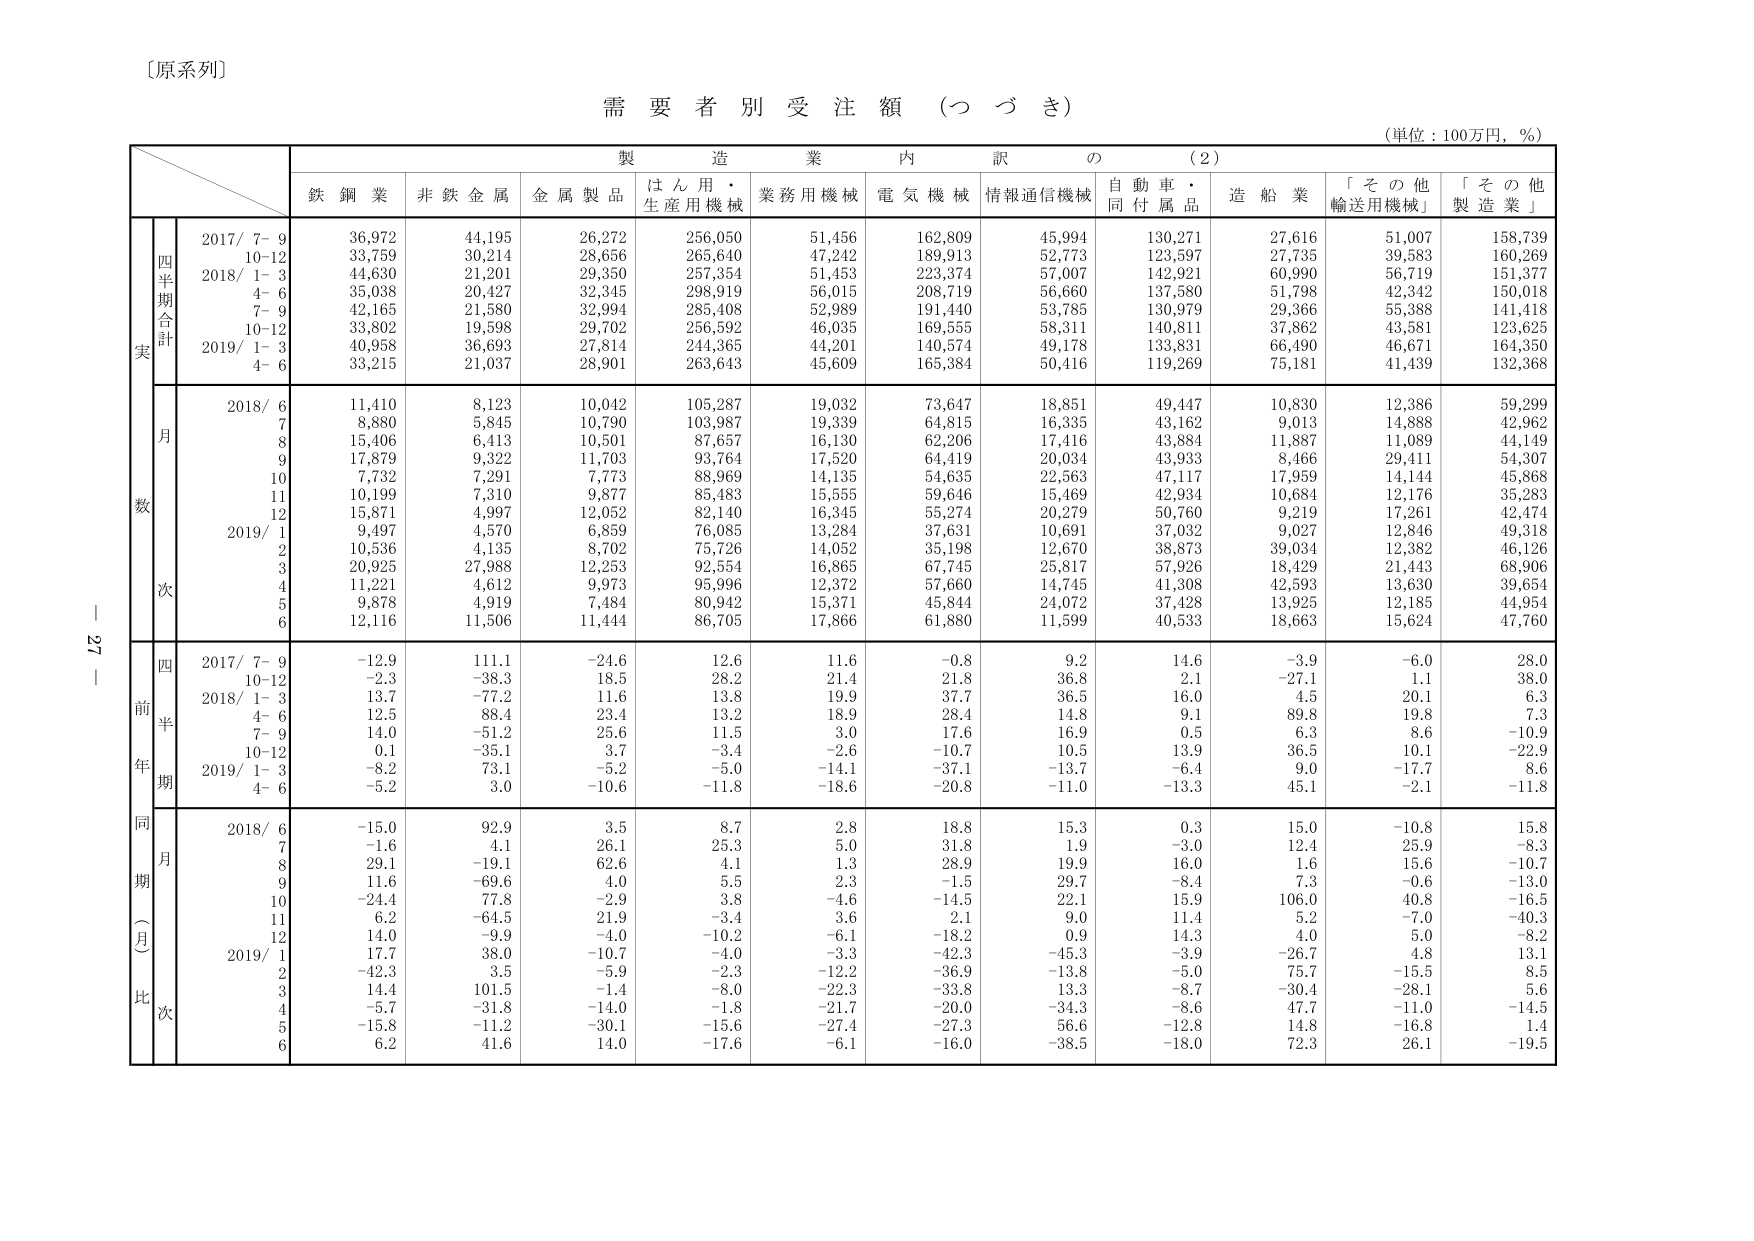
〔原系列〕

需要者別受注額（つづき）

（単位：100万円，％）

製造業内訳の（2）

鉄鋼業　非鉄金属　金属製品　はん用・生産用機械　業務用機械　電気機械　情報通信機械　自動車・同付属品　造船業　「その他輸送用機械」　「その他製造業」

実
四半期合計
2017/ 7- 9　36,972　44,195　26,272　256,050　51,456　162,809　45,994　130,271　27,616　51,007　158,739
　　　10-12　33,759　30,656　28,656　265,640　47,242　189,913　52,773　123,597　27,735　39,583　160,269
2018/ 1- 3　44,630　21,201　29,350　257,354　51,453　223,374　57,007　142,921　60,990　56,719　151,377
　　　4- 6　35,038　20,427　32,345　298,919　56,015　208,719　56,660　137,580　51,798　42,342　150,018
　　　7- 9　42,165　21,580　32,994　285,408　52,989　191,440　53,785　130,979　29,366　55,388　141,418
　　　10-12　33,802　19,598　29,702　256,592　46,035　169,555　58,311　140,811　37,862　43,581　123,625
2019/ 1- 3　40,958　36,693　27,814　244,365　44,201　140,574　49,178　133,831　66,490　46,671　164,350
　　　4- 6　33,215　21,037　28,901　263,643　45,609　165,384　50,416　119,269　75,181　41,439　132,368

数
月
2018/ 6　11,410　8,123　10,042　105,287　19,032　73,647　18,851　49,447　10,830　12,386　59,299
　　　7　8,880　5,845　10,790　103,987　19,339　64,815　16,335　43,162　9,013　14,888　42,962
　　　8　15,406　6,413　10,501　87,657　16,130　62,206　17,416　43,884　11,887　11,089　44,149
　　　9　17,879　9,322　11,703　93,764　17,520　64,419　20,034　43,933　8,466　29,411　54,307
　　　10　7,732　7,291　7,773　88,969　14,135　54,635　22,563　47,117　17,959　14,144　45,868
　　　11　10,199　7,310　9,877　85,483　15,555　59,646　15,469　42,934　10,684　12,176　35,283
　　　12　15,871　4,997　12,052　82,140　16,345　55,274　20,279　50,760　9,219　17,261　42,474
2019/ 1　9,497　4,570　6,859　76,085　13,284　37,631　10,691　37,032　9,027　12,846　49,318
　　　2　10,536　4,135　8,702　75,726　14,052　35,198　12,670　38,873　39,034　12,382　46,126
　　　3　20,925　27,988　12,253　92,554　16,865　67,745　25,817　57,926　18,429　21,443　68,906
次
　　　4　11,221　4,612　9,973　95,996　12,372　57,660　14,745　41,308　42,593　13,630　39,654
　　　5　9,878　4,919　7,484　80,942　15,371　45,844　24,072　37,428　13,925　12,185　44,954
　　　6　12,116　11,506　11,444　86,705　17,866　61,880　11,599　40,533　18,663　15,624　47,760

前年同期
四半期
2017/ 7- 9　-12.9　111.1　-24.6　12.6　11.6　-0.8　9.2　14.6　-3.9　-6.0　28.0
　　　10-12　-2.3　-38.3　18.5　28.2　21.4　21.8　36.8　2.1　-27.1　1.1　38.0
2018/ 1- 3　13.7　-77.2　11.6　13.8　19.9　37.7　36.5　16.0　4.5　20.1　6.3
　　　4- 6　12.5　88.4　23.4　13.2　18.9　28.4　14.8　9.1　89.8　19.8　7.3
　　　7- 9　14.0　-51.2　25.6　11.5　3.0　17.6　16.9　0.5　6.3　8.6　-10.9
　　　10-12　0.1　-35.1　3.7　-3.4　-2.6　-10.7　10.5　13.9　36.5　10.1　-22.9
2019/ 1- 3　-8.2　73.1　-5.2　-5.0　-14.1　-37.1　-13.7　-6.4　9.0　-17.7　8.6
　　　4- 6　-5.2　3.0　-10.6　-11.8　-18.6　-20.8　-11.0　-13.3　45.1　-2.1　-11.8

同期（月）比次
月
2018/ 6　-15.0　92.9　3.5　8.7　2.8　18.8　15.3　0.3　15.0　-10.8　15.8
　　　7　-1.6　4.1　26.1　25.3　5.0　31.8　1.9　-3.0　12.4　25.9　-8.3
　　　8　29.1　-19.1　62.6　4.1　1.3　28.9　19.9　16.0　1.6　15.6　-10.7
　　　9　11.6　-69.6　4.0　5.5　2.3　-1.5　29.7　-8.4　7.3　-0.6　-13.0
　　　10　-24.4　77.8　-2.9　3.8　-4.6　-14.5　22.1　15.9　106.0　40.8　-16.5
　　　11　6.2　-64.5　21.9　-3.4　3.6　2.1　9.0　11.4　5.2　-7.0　-40.3
　　　12　14.0　-9.9　-4.0　-10.2　-6.1　-18.2　0.9　14.3　4.0　5.0　-8.2
2019/ 1　17.7　38.0　-10.7　-4.0　-3.3　-42.3　-45.3　-3.9　-26.7　4.8　13.1
　　　2　-42.3　3.5　-5.9　-2.3　-12.2　-36.9　-13.8　-5.0　75.7　-15.5　8.5
　　　3　14.4　101.5　-1.4　-8.0　-22.3　-33.8　13.3　-8.7　-30.4　-28.1　5.6
　　　4　-5.7　-31.8　-14.0　-1.8　-21.7　-20.0　-34.3　-8.6　47.7　-11.0　-14.5
　　　5　-15.8　-11.2　-30.1　-15.6　-27.4　-27.3　56.6　-12.8　14.8　-16.8　1.4
　　　6　6.2　41.6　14.0　-17.6　-6.1　-16.0　-38.5　-18.0　72.3　26.1　-19.5

ー 27 ー